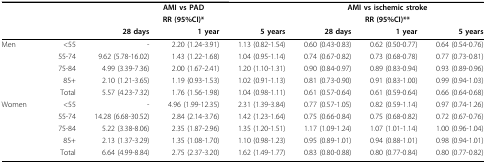
<table><thead><tr><td></td><td></td><td colspan="3"><b>AMI vs PAD</b></td><td colspan="3"><b>AMI vs ischemic stroke</b></td></tr><tr><td></td><td></td><td colspan="3"><b>RR (95%CI)*</b></td><td colspan="3"><b>RR (95%CI)**</b></td></tr><tr><td></td><td></td><td><b>28 days</b></td><td><b>1 year</b></td><td><b>5 years</b></td><td><b>28 days</b></td><td><b>1 year</b></td><td><b>5 years</b></td></tr></thead><tbody><tr><td>Men</td><td>&lt; 55</td><td>-</td><td>2.20 (1.24-3.91)</td><td>1.13 (0.82-1.54)</td><td>0.60 (0.43-0.83)</td><td>0.62 (0.50-0.77)</td><td>0.64 (0.54-0.76)</td></tr><tr><td></td><td>55-74</td><td>9.62 (5.78-16.02)</td><td>1.43 (1.22-1.68)</td><td>1.04 (0.95-1.14)</td><td>0.74 (0.67-0.82)</td><td>0.73 (0.68-0.78)</td><td>0.77 (0.73-0.81)</td></tr><tr><td></td><td>75-84</td><td>4.99 (3.39-7.36)</td><td>2.00 (1.67-2.41)</td><td>1.20 (1.10-1.31)</td><td>0.90 (0.84-0.97)</td><td>0.89 (0.83-0.94)</td><td>0.93 (0.89-0.96)</td></tr><tr><td></td><td>85+</td><td>2.10 (1.21-3.65)</td><td>1.19 (0.93-1.53)</td><td>1.02 (0.91-1.13)</td><td>0.81 (0.73-0.90)</td><td>0.91 (0.83-1.00)</td><td>0.99 (0.94-1.03)</td></tr><tr><td></td><td>Total</td><td>5.57 (4.23-7.32)</td><td>1.76 (1.56-1.98)</td><td>1.04 (0.98-1.11)</td><td>0.61 (0.57-0.64)</td><td>0.61 (0.59-0.64)</td><td>0.66 (0.64-0.68)</td></tr><tr><td>Women</td><td>&lt; 55</td><td>-</td><td>4.96 (1.99-12.35)</td><td>2.31 (1.39-3.84)</td><td>0.77 (0.57-1.05)</td><td>0.82 (0.59-1.14)</td><td>0.97 (0.74-1.26)</td></tr><tr><td></td><td>55-74</td><td>14.28 (6.68-30.52)</td><td>2.84 (2.14-3.76)</td><td>1.42 (1.23-1.64)</td><td>0.75 (0.66-0.84)</td><td>0.75 (0.68-0.82)</td><td>0.72 (0.67-0.76)</td></tr><tr><td></td><td>75-84</td><td>5.22 (3.38-8.06)</td><td>2.35 (1.87-2.96)</td><td>1.35 (1.20-1.51)</td><td>1.17 (1.09-1.24)</td><td>1.07 (1.01-1.14)</td><td>1.00 (0.96-1.04)</td></tr><tr><td></td><td>85+</td><td>2.13 (1.37-3.29)</td><td>1.35 (1.08-1.70)</td><td>1.10 (0.98-1.23)</td><td>0.95 (0.89-1.01)</td><td>0.94 (0.88-1.01)</td><td>0.98 (0.94-1.01)</td></tr><tr><td></td><td>Total</td><td>6.64 (4.99-8.84)</td><td>2.75 (2.37-3.20)</td><td>1.62 (1.49-1.77)</td><td>0.83 (0.80-0.88)</td><td>0.80 (0.77-0.84)</td><td>0.80 (0.77-0.82)</td></tr></tbody></table>